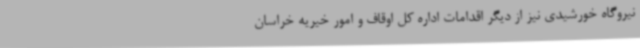
نیروگاه خورشیدی نیز از دیگر اقدامات اداره کل اوقاف و امور خیریه خراسان